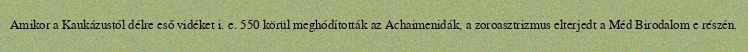
Amikor a Kaukázustól délre eső vidéket i. e. 550 körül meghódították az Achaimenidák, a zoroasztrizmus elterjedt a Méd Birodalom e részén.